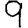
Digit: 9